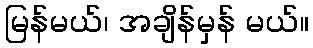
မြန်မယ်၊ အချိန်မှန် မယ်။